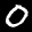
Label: 0